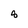
Character: 8